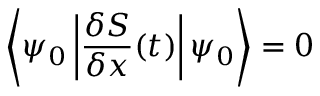
\left\langle \psi _ { 0 } \left| { \frac { \delta S } { \delta x } } ( t ) \right| \psi _ { 0 } \right\rangle = 0